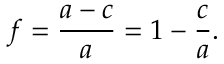
f = { \frac { a - c } { a } } = 1 - { \frac { c } { a } } .